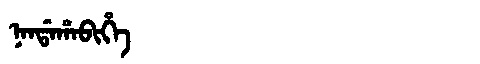
Manchu: ᠨᠠᠨᡩᠠᡥᠠᠪᡳᡥᡝ
Romanization: NANDAHABIHE